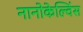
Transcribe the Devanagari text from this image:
नानोकेल्विंस